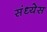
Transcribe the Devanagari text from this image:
संध्येस